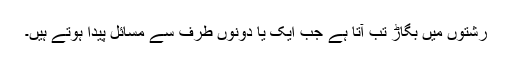
رشتوں میں بگاڑ تب آتا ہے جب ایک یا دونوں طرف سے مسائل پیدا ہوتے ہیں۔